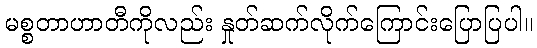
မစ္စတာဟာတီကိုလည်း နှုတ်ဆက်လိုက်ကြောင်းပြောပြပါ။